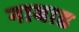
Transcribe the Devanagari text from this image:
नाबाड